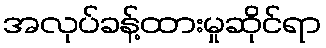
အလုပ်ခန့်ထားမှုဆိုင်ရာ